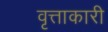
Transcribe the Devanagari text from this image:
वृत्ताकारी